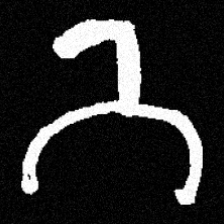
Pyu character \u2014 Myanmar letter: ဘ (romanized: bha)